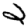
Digit: 2